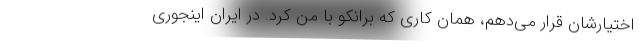
اختیارشان قرار می‌دهم، همان کاری که برانکو با من کرد. در ایران اینجوری